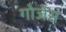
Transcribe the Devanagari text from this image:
गोजेस